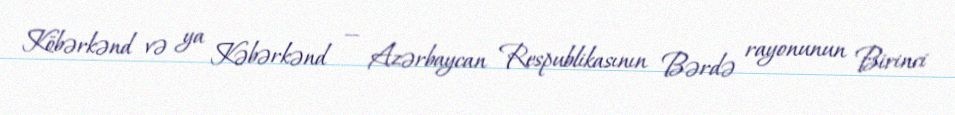
Köbərkənd və ya Kəbərkənd — Azərbaycan Respublikasının Bərdə rayonunun Birinci